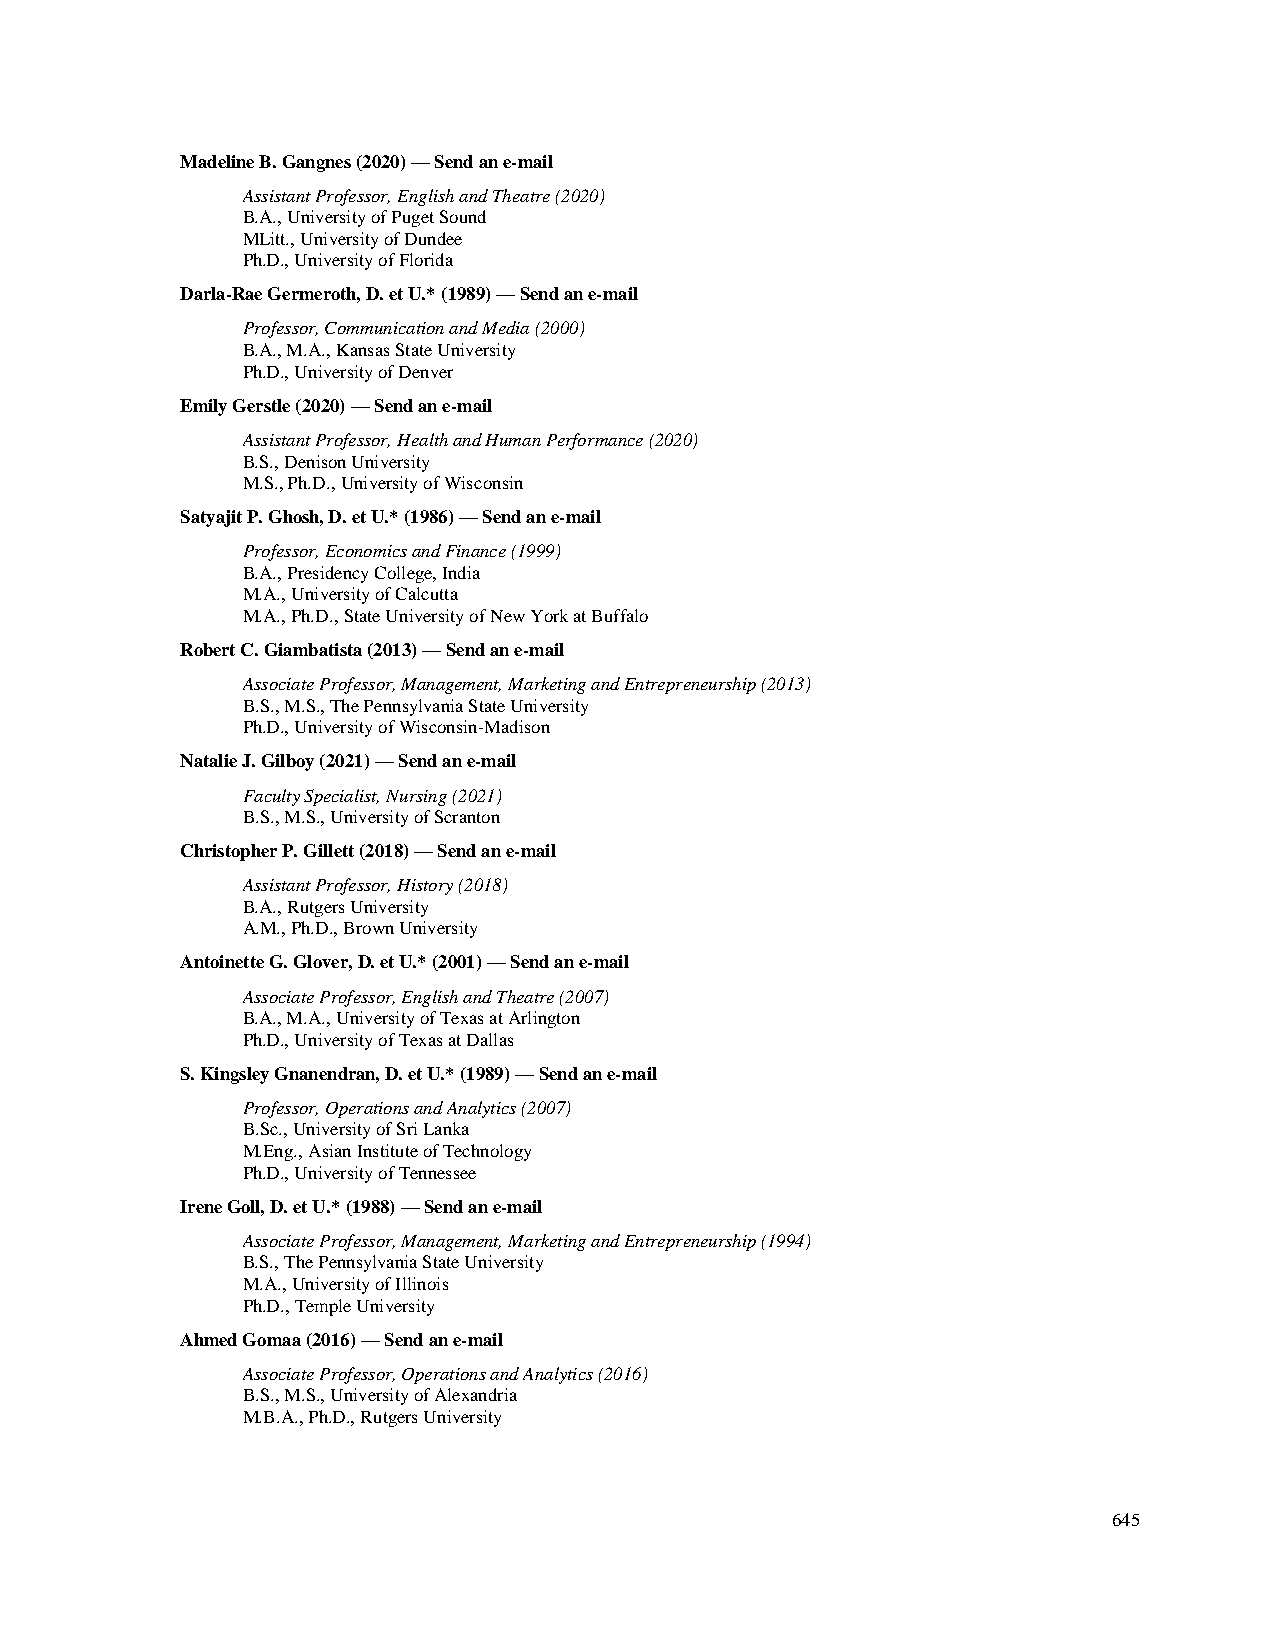
Madeline B. Gangnes (2020) — Send an e-mail
 Assistant Professor, English and Theatre (2020)
 B.A., University of Puget Sound
 MLitt., University of Dundee
 Ph.D., University of Florida
 Darla-Rae Germeroth, D. et U.* (1989) — Send an e-mail
 Professor, Communication and Media (2000)
 B.A., M.A., Kansas State University
 Ph.D., University of Denver
 Emily Gerstle (2020) — Send an e-mail
 Assistant Professor, Health and Human Performance (2020)
 B.S., Denison University
 M.S., Ph.D., University of Wisconsin
 Satyajit P. Ghosh, D. et U.* (1986) — Send an e-mail
 Professor, Economics and Finance (1999)
 B.A., Presidency College, India
 M.A., University of Calcutta
 M.A., Ph.D., State University of New York at Buffalo
 Robert C. Giambatista (2013) — Send an e-mail
 Associate Professor, Management, Marketing and Entrepreneurship (2013)
 B.S., M.S., The Pennsylvania State University
 Ph.D., University of Wisconsin-Madison
 Natalie J. Gilboy (2021) — Send an e-mail
 Faculty Specialist, Nursing (2021)
 B.S., M.S., University of Scranton
 Christopher P. Gillett (2018) — Send an e-mail
 Assistant Professor, History (2018)
 B.A., Rutgers University
 A.M., Ph.D., Brown University
 Antoinette G. Glover, D. et U.* (2001) — Send an e-mail
 Associate Professor, English and Theatre (2007)
 B.A., M.A., University of Texas at Arlington
 Ph.D., University of Texas at Dallas
 S. Kingsley Gnanendran, D. et U.* (1989) — Send an e-mail
 Professor, Operations and Analytics (2007)
 B.Sc., University of Sri Lanka
 M.Eng., Asian Institute of Technology
 Ph.D., University of Tennessee
 Irene Goll, D. et U.* (1988) — Send an e-mail
 Associate Professor, Management, Marketing and Entrepreneurship (1994)
 B.S., The Pennsylvania State University
 M.A., University of Illinois
 Ph.D., Temple University
 Ahmed Gomaa (2016) — Send an e-mail
 Associate Professor, Operations and Analytics (2016)
 B.S., M.S., University of Alexandria
 M.B.A., Ph.D., Rutgers University
 645